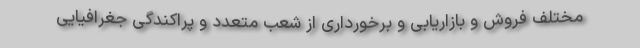
مختلف فروش و بازاریابی و برخورداری از شعب متعدد و پراکندگی جغرافیایی